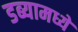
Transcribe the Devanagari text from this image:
डब्यामध्ये